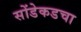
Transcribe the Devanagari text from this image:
सोंडेकडचा